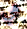
هي